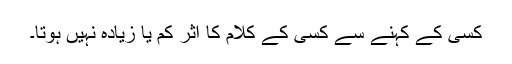
کسی کے کہنے سے کسی کے کلام کا اثر کم یا زیادہ نہیں ہوتا۔